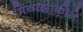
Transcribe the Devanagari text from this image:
मियाझाकीने